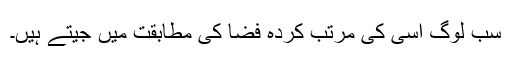
سب لوگ اُسی کی مرتب کردہ فضا کی مطابقت میں جیتے ہیں۔